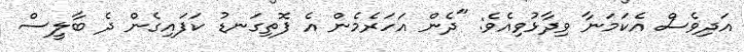
އަދިވެސް އެކަމަނާ ވިދާޅުވިއެވެ: "ދެން އަހަރެމެން އެ ފޮތިގަނޑު ކަފައިގެން ދެ ބާލީސް